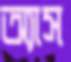
অ্যাস